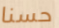
حسنا